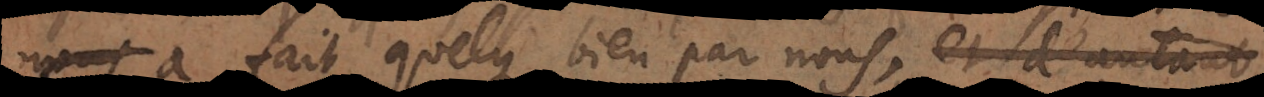
a fait quelque bien par nous, et d’autant